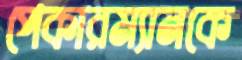
পেকারম্যানকে